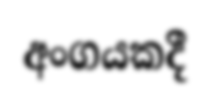
අංගයකදී